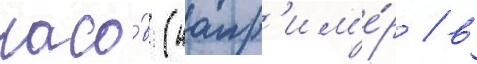
часо́в (напр'им'е́р / в